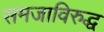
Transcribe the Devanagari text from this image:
समजाविरुद्ध